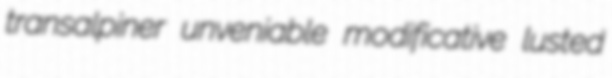
transalpiner unveniable modificative lusted